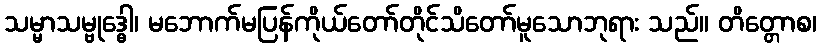
သမ္မာသမ္ဗုဒ္ဓေါ၊ မဘောက်မပြန်ကိုယ်တော်တိုင်သိတော်မူသောဘုရား သည်။ တိတ္တောစ၊